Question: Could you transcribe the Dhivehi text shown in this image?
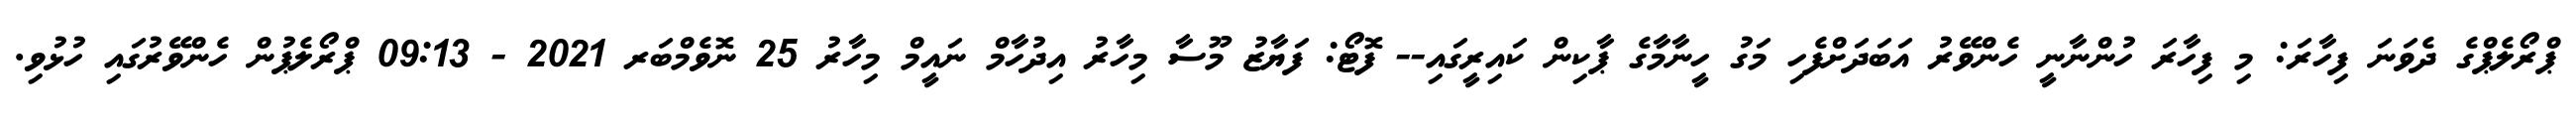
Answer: ޕްރޯލެޕްގެ ދެވަނަ ފިހާރަ: މި ފިހާރަ ހުންނާނީ ހެންވޭރު އަބަދަށްފެހި މަގު ހީނާމާގެ ޕާކިން ކައިރީގައި-- ފޮޓޯ: ފަޔާޒު މޫސާ މިހާރު އިދުހާމް ނައީމް މިހާރު 25 ނޮވެމްބަރ 2021 - 09:13 ޕްރޯލެޕުން ހެންވޭރުގައި ހުޅުވި.